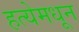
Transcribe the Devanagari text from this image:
हत्येमधून